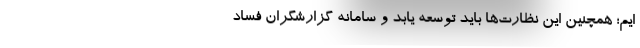
ایم؛ همچنین این نظارت‌ها باید توسعه یابد و سامانه گزارشگران فساد